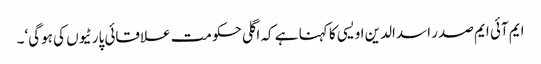
ایم آئی ایم صدر اسدالدین اویسی کا کہنا ہے کہ اگلی حکومت علاقائی پارٹیوں کی ہوگی‘۔